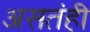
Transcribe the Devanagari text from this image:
असतंही